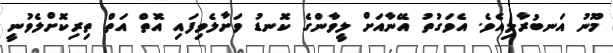
މޫނު އަނބުރާލިއެވެ. އެވަގުތު އޭނާއަށް ލީވާންގެ ކޮނޑު ވަށާލެވިފައި އޮތް އަތް ތިރިކޮށްލެވުނީ